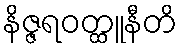
နိဇ္ဇရဝတ္ထူနီတိ